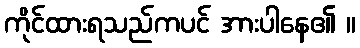
ကိုင်ထားရသည်ကပင် အားပါနေ၏ ။